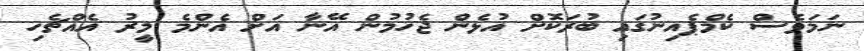
ނަމަވެސް ކެމްޕެއިނުގައި ބުރަކޮށް އުޅެން ޖެހުމުން އޭނާ އަށް އެންމެ މީރު އެއްޗެހި